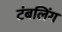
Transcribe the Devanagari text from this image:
टंबलिंग